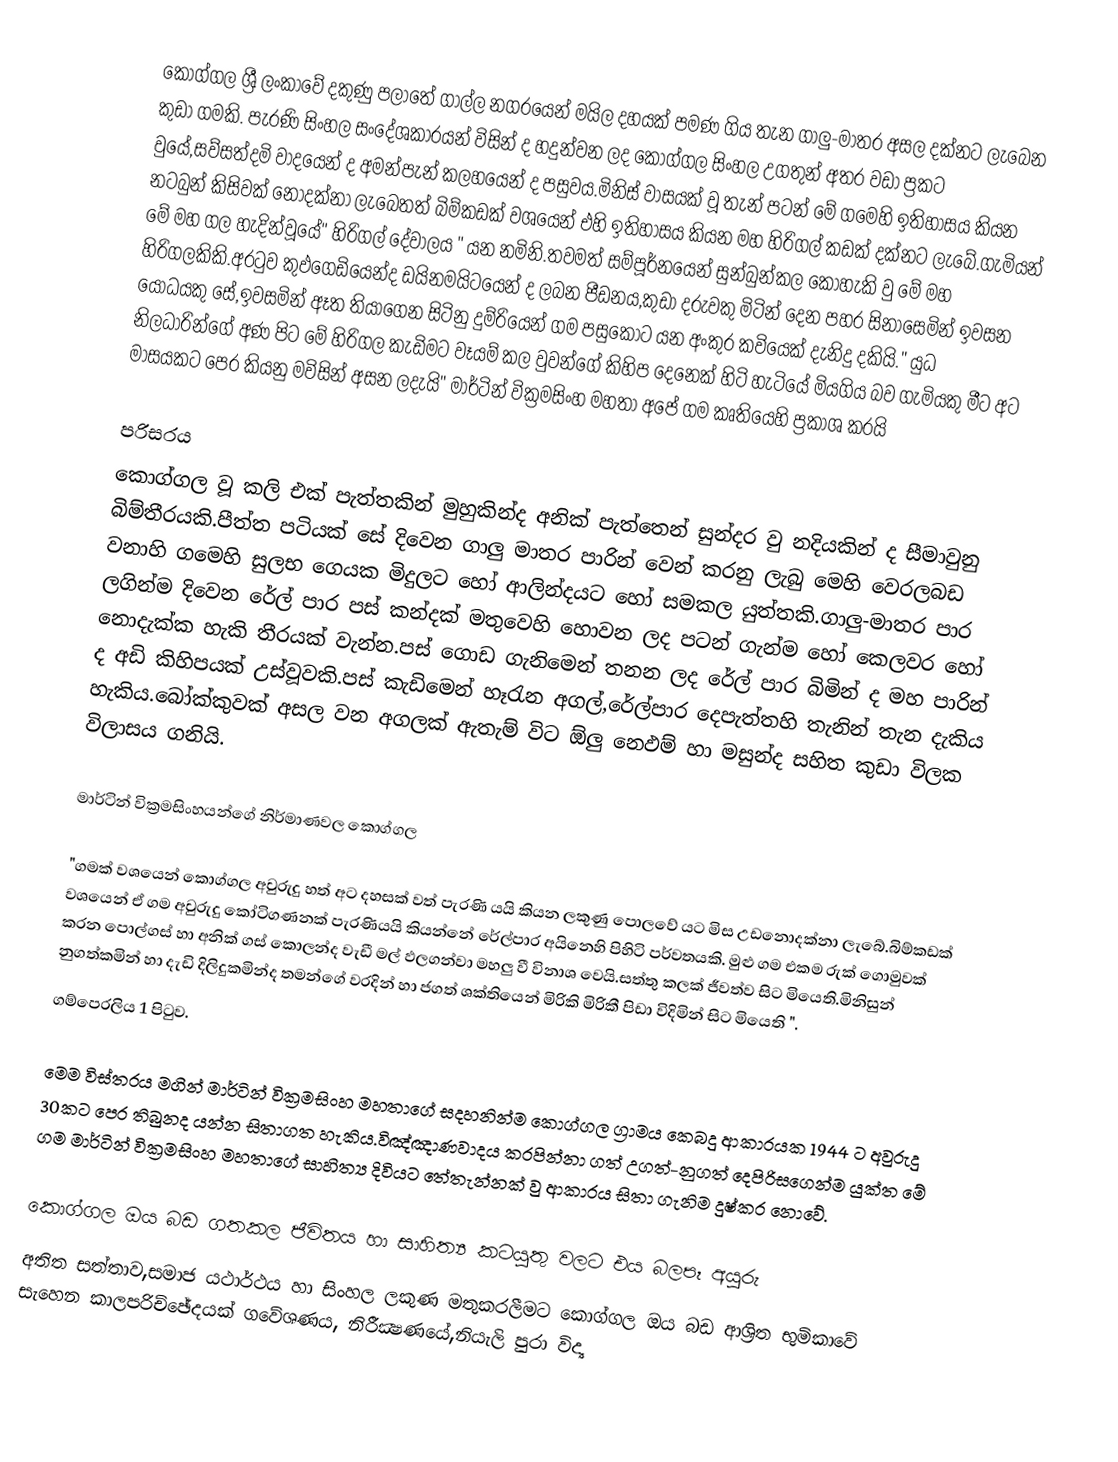
කොග්ගල ශ්‍රී ලංකාවේ දකුණු පලාතේ ගාල්ල නගරයෙන් මයිල දහයක්  පමණ ගිය තැන ගාලු-මාතර අසල දක්නට ලැබෙන කුඩා  ගමකි. පැරණි සිංහල සංදේශකාරයන් විසින් ද හදුන්වන ලද කොග්ගල සිංහල උගතුන් අතර වඩා ප්‍රකට වුයේ,සව්සත්දමි වාදයෙන් ද අමන්පැන් කලහයෙන් ද පසුවය.මිනිස් වාසයක් වූ තැන් පටන් මේ ගමෙහි ඉතිහාසය කියන නටබුන් කිසිවක් නොදක්නා ලැබෙතත් බිම්කඩක් වශයෙන් එහි  ඉතිහාසය කියන මහ හිරිගල් කඩක් දක්නට ලැබේ.ගැමියන් මේ  මහ ගල හැදින්වූයේ" හිරිගල් දේවාලය " යන නමිනි.තවමත් සම්පූර්නයෙන් සුන්බුන්කල කොහැකි වු මේ මහ හිරිගලකිකි.අරටුව කුඵගෙඩියෙන්ද ඩයිනමයිටයෙන් ද ලබන පීඩනය,කුඩා දරුවකු මිටින් දෙන පහර සිනාසෙමින් ඉවසන යෝධයකු සේ,ඉවසමින් ඈත තියාගෙන සිටිනු දුම්රියෙන් ගම පසුකොට යන අංකුර කවියෙක් දැනිදු දකියි."  යුධ නිලධාරින්ගේ අණ පිට මේ හිරිගල කැඩිමට වෑයම් කල වුවන්ගේ කිහිප දෙනෙක් හිටි හැටියේ මියගිය බව ගැමියකු මීට අට මාසයකට පෙර කියනු මවිසින් අසන ලදැයි" මාර්ටින් වික්‍රමසිංහ  මහතා අපේ ගම කෘතියෙහි ප්‍රකාශ කරයි

පරිසරය
කොග්ගල වූ කලි එක් පැත්තකින් මුහුකින්ද අනික් පැත්තෙන් සුන්දර වු නදියකින් ද සීමාවුනු බිම්තීරයකි.පීත්ත පටියක් සේ දිවෙන ගාලු මාතර  පාරින් වෙන් කරනු  ලැබු මෙහි වෙරලබඩ වනාහි ගමෙහි සුලභ ගෙයක මිදුලට හෝ ආලින්දයට හෝ සමකල යුත්තකි.ගාලු-මාතර පාර ලගින්ම දිවෙන රේල් පාර පස් කන්දක් මතුවෙහි හොවන ලද පටන් ගැන්ම හෝ කෙලවර හෝ නොදැක්ක හැකි තීරයක් වැන්න.පස් ගොඩ ගැනිමෙන් තනන ලද රේල් පාර බිමින් ද මහ පාරින් ද අඩි කිහිපයක් උස්වූවකි.පස් කැඩිමෙන් හෑරැන අගල්,රේල්පාර දෙපැත්තහි  තැනින් තැන දැකිය හැකිය.බෝක්කුවක් අසල වන අගලක් ඇතැම් විට ඕලු නෙඵම් හා මසුන්ද සහිත කුඩා විලක විලාසය ගනියි.

මාර්ටින් වික්‍රමසිංහයන්ගේ නිර්මාණවල කොග්ගල

"ගමක් වශයෙන් කොග්ගල අවුරුදු හත් අට දහසක් වත් පැරණි යයි කියන ලකුණු පොලවේ යට මිස උඩනොදක්නා ලැබේ.බිම්කඩක් වශයෙන් ඒ ගම අවුරුදු කෝටිගණනක් පැරණියයි කියන්නේ රේල්පාර අයිනෙහි පිහිටි පර්වතයකි. මුළු ගම එකම රුක් ගොමුවක් කරන පොල්ගස් හා අනික් ගස් කොලන්ද වැඩී මල් ඵලගන්වා මහලු වී විනාශ වෙයි.සත්තු කලක් ජීවත්ව සිට මියෙති.මිනිසුන් නුගත්කමින් හා දැඩි දිලිදුකමින්ද  තමන්ගේ වරදින් හා ජගත් ශක්තියෙන් මිරිකි මිරිකී පිඩා විදිමින් සිට මියෙති ".
ගම්පෙරලිය 1 පිටුව.

මෙම විස්තරය මගින් මාර්ටින් වික්‍රමසිංහ මහතාගේ සදහනින්ම කොග්ගල ග්‍රාමය කෙබදු ආකාරයක 1944 ට අවුරුදු 30කට පෙර තිබුනද යන්න සිතාගත හැකිය.විඤ්ඤාණවාදය කරපින්නා ගත් උගත්-නුගත් දෙපිරිසගෙන්ම යුක්ත මේ ගම මාර්ටින් වික්‍රමසිංහ මහතාගේ සාහිත්‍ය දිවියට තේතැන්නක් වු ආකාරය සිතා ගැනිම දුෂ්කර නොවේ.

කොග්ගල ඔය බඩ ගතකල ජීවිතය හා සාහිත්‍ය කටයුතු වලට එය බලපෑ අයුරු
අතිත සත්තාව,සමාජ යථාර්ථය හා සිංහල ලකුණ මතුකරලීමට කොග්ගල ඔය බඩ ආශ්‍රිත භුමිකාවේ සැහෙන කාලපරිච්ඡේදයක් ගවේශණය, නිරීක්‍ෂණයේ,නියැලි පුරා විද්‍ය